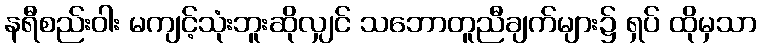
နရီစည်းဝါး မကျင့်သုံးဘူးဆိုလျှင် သဘောတူညီချက်များ၌ ရှပ် ထိုမှသာ